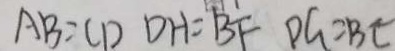
A B = C D D H = B F D G = B E